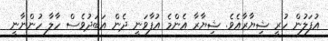
އުފަލުން ހުރީ ޝިޔާރާއެވެ. ޝިޔާރާ އެންމެ އުފާވަނީ ދެން އަބަދުވެސް ހާލާ ހުންނާނީ